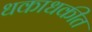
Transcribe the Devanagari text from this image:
धकाधकीत